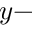
y -